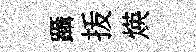
躡㧞煐